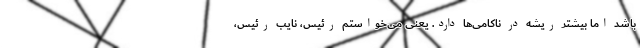
باشد اما بیشتر ریشه در ناکامی‌ها دارد. یعنی می‌خواستم رئیس، نایب رئیس،